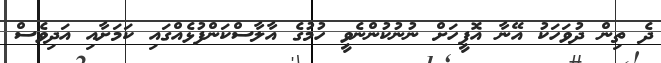
ދެ ތިން ދުވަހަކު އޭނާ އޮފީހަށް ނުނުކުންނެވީ ހުމުގެ އާލާސްކަންފުޅެއްގައި ކަމަށާއި އަދިވެސް